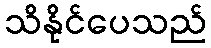
သိနိုင်ပေသည်